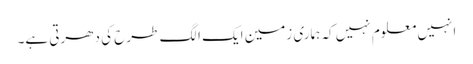
انہیں معلوم نہیں کہ ہماری زمین ایک الگ طرح کی دھرتی ہے۔